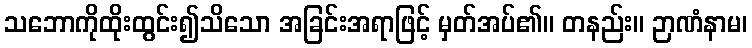
သဘောကိုထိုးထွင်း၍သိသော အခြင်းအရာဖြင့် မှတ်အပ်၏။ တနည်း။ ဉာဏံနာမ၊